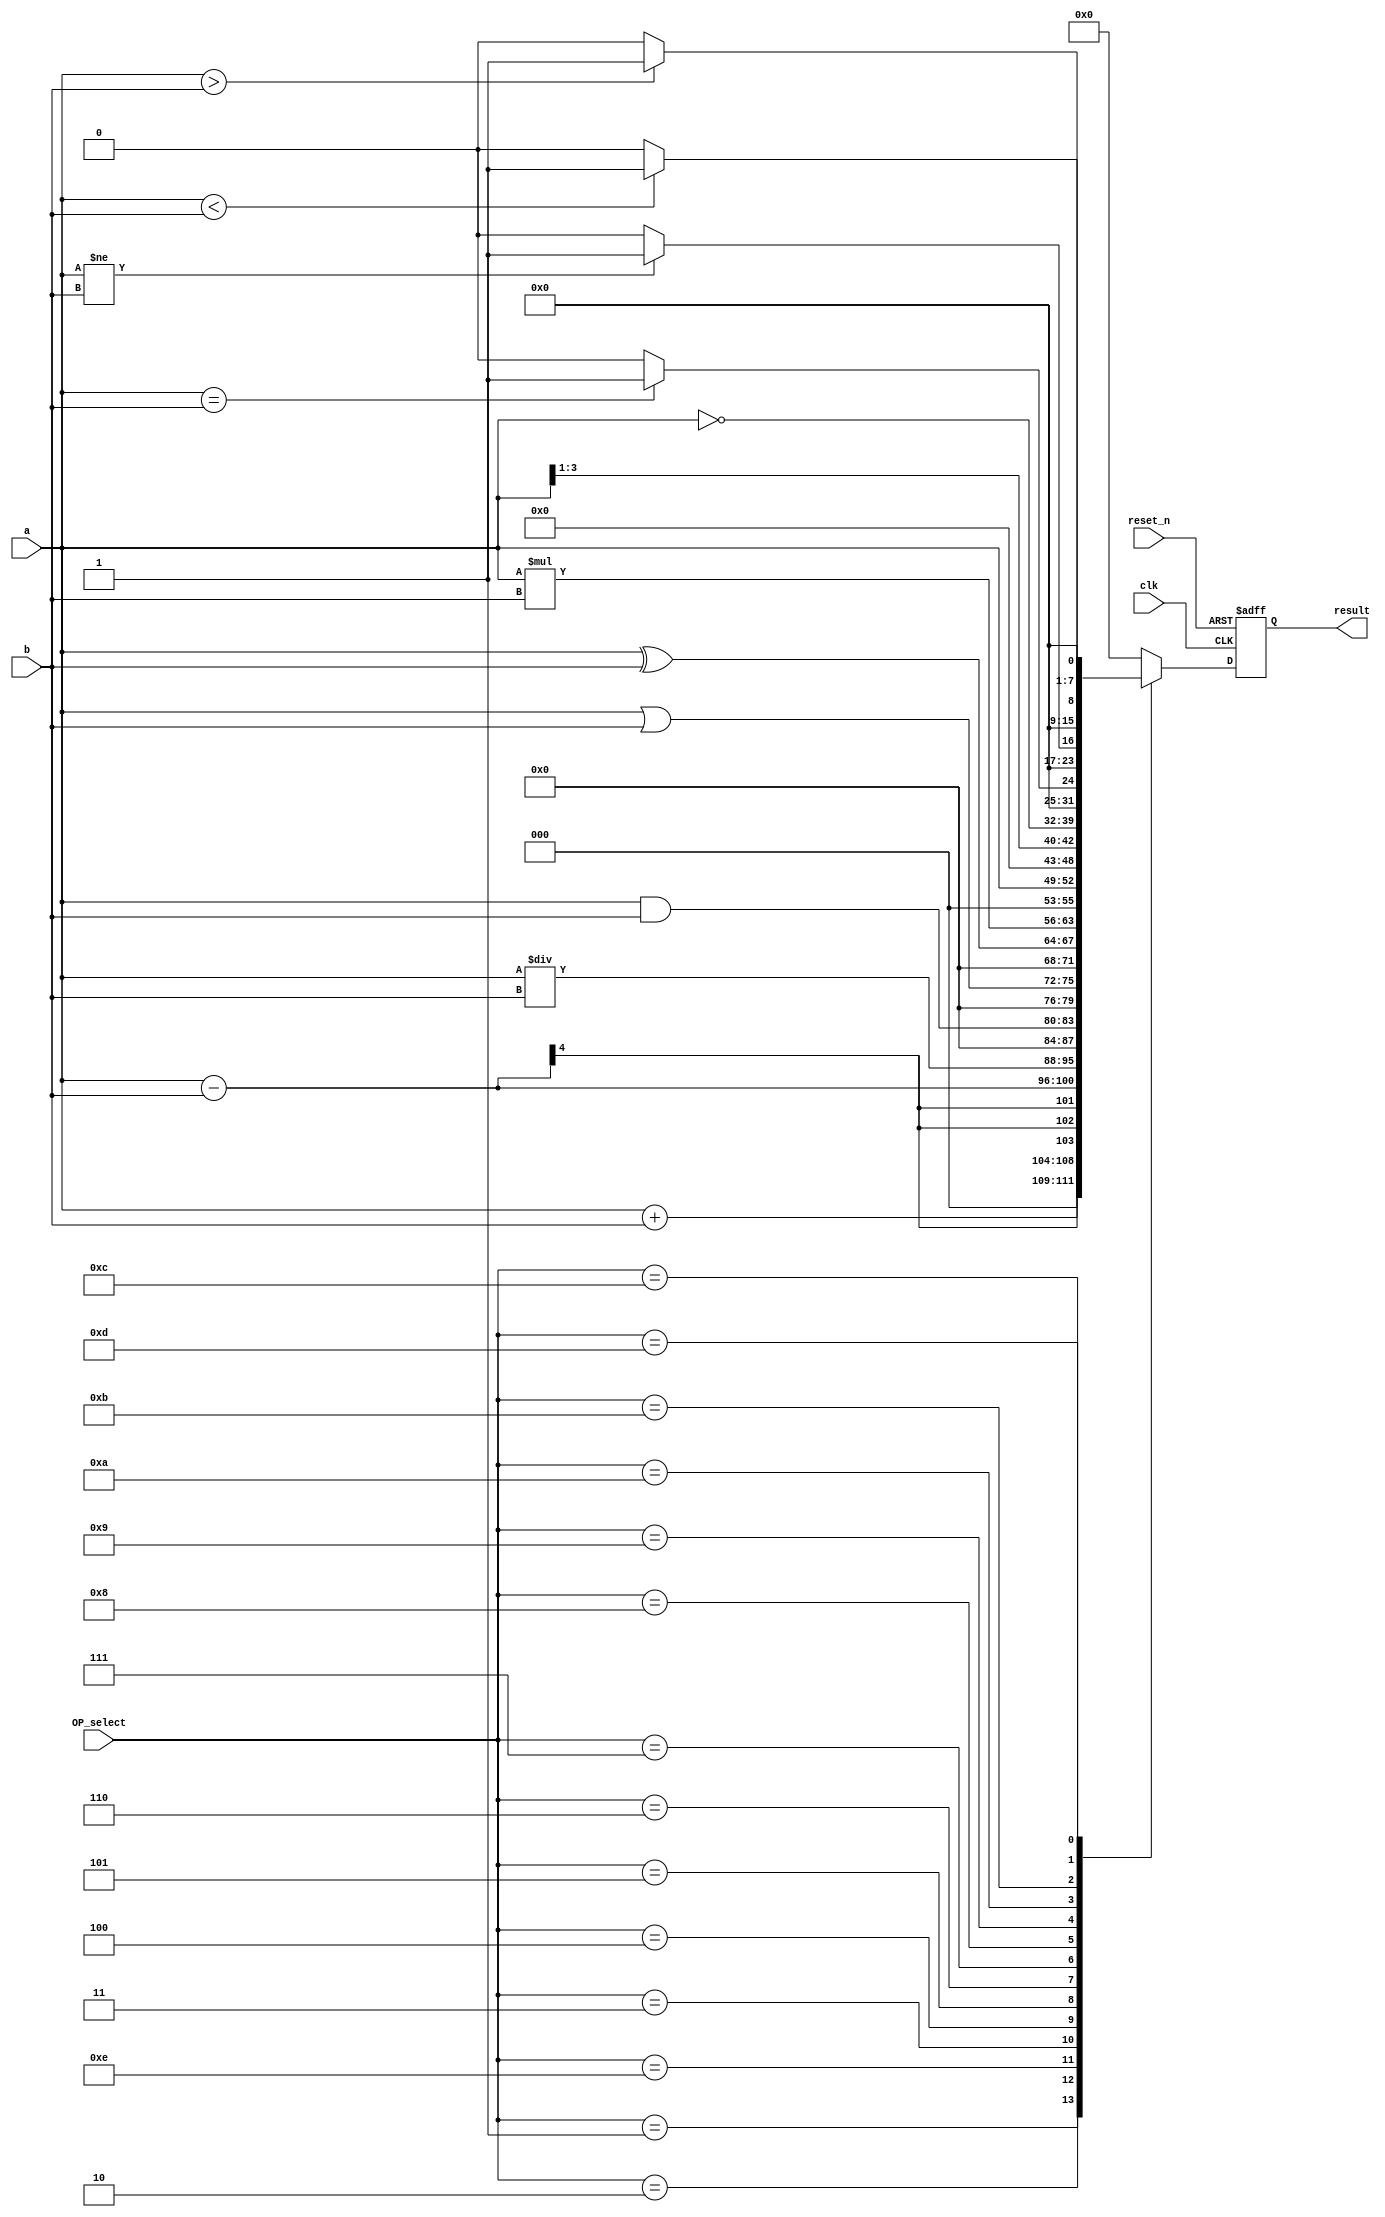
module alu (
    input clk,            // Clock signal
    input reset_n,        // Reset signal
    input [3:0] OP_select,      // Operation selection signal
    input signed [3:0] a,        // First operand (4 bits), signed
    input signed [3:0] b,        // Second operand (4 bits), signed
    output [7:0] result   // Operation result (8 bits)
);

// Registers to maintain internal state
reg [7:0] internal_result;

// Sequential process to perform operations on each rising edge of the clock
always @(posedge clk or posedge reset_n) begin
    if (reset_n) begin
        // Reset: clear the result register
        internal_result <= 8'b0;
    end else begin
        // Operation selection based on the selection signal
        case (OP_select)
            4'b0001: internal_result <= {4'b0000, a} + {4'b0000, b}; // Addition
            4'b0010: internal_result <= {4'b0000, a} - {4'b0000, b}; //  Subtraction
            4'b1110: internal_result <= {4'b0000, a} / {4'b0000, b}; // Division
            4'b0011: internal_result <= {4'b0000, a} & {4'b0000, b}; // AND
            4'b0100: internal_result <= {4'b0000, a} | {4'b0000, b}; // OR
            4'b0101: internal_result <= {4'b0000, a} ^ {4'b0000, b}; // XOR
            4'b0110: internal_result <= {4'b0000, a} * {4'b0000, b}; // Multiplication
            4'b0111: internal_result <= {4'b0000, a} << 1; // Left shift
            4'b1000: internal_result <= {4'b0000, a} >> 1; // Right shift
            4'b1001: internal_result <= ~{4'b0000, a}; // Ones' complement
            4'b1010: internal_result <= (a == b) ? 8'b00000001 : 8'b00000000; // Equality
            4'b1011: internal_result <= (a != b) ? 8'b00000001 : 8'b00000000; // Inequality
            4'b1100: internal_result <= (a > b) ? 8'b00000001 : 8'b00000000; // Greater than
            4'b1101: internal_result <= (a < b) ? 8'b00000001 : 8'b00000000; // Less than
            default: internal_result <= 8'b0; // If no operation matches, result is 0
        endcase
    end
end

// Assign the result to the output
assign result = internal_result;

endmodule